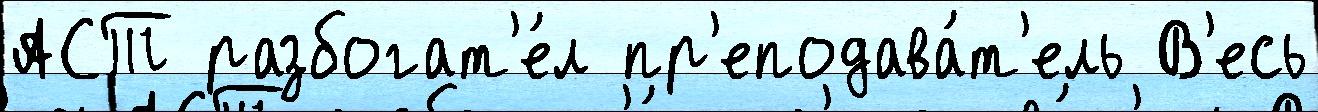
АСТ разбогат'е́л пр'еподава́т'ель В'есь